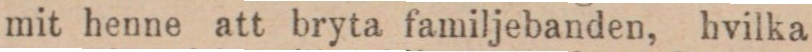
mit henne att bryta familjebanden, hvilka